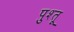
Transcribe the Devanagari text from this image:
पुश्तू